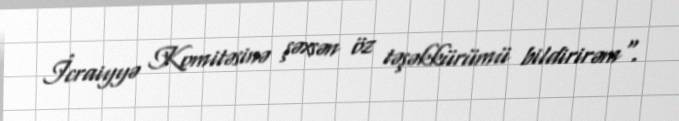
İcraiyyə Komitəsinə şəxsən öz təşəkkürümü bildirirəm".